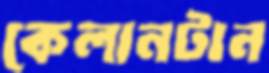
কেলানটান